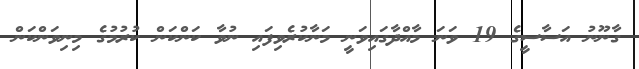
ގާނޫނު އަސާސީގެ 19 ވަނަ މާއްދާގައިވަނީ މަނާކުރެވިފައި ނުވާ ކަންކަން ކުރުމުގެ މިނިވަންކަން